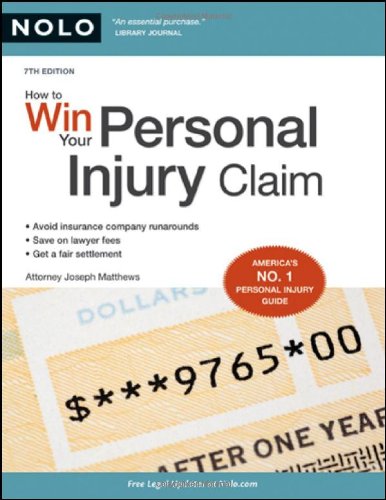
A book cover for How to Win Your Personal Injury Claim; Joseph Matthews Attorney; Law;